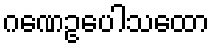
ဂဏေဥပေါသထော